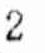
2